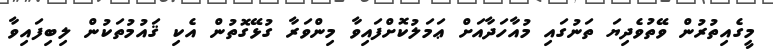
މީގެއިތުރުން ވޭތުވެދިޔަ ތަނުގައި މުއާހަދާއަށް ޢަމަލުކޮށްފައިވާ މިންވަރާ ގުޅޭގޮތުން އެކި ޤައުމުތަކުން ލިބިފައިވާ